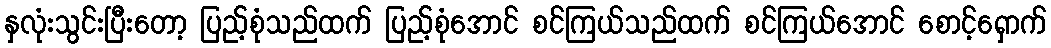
နှလုံးသွင်းပြီးတော့ ပြည့်စုံသည်ထက် ပြည့်စုံအောင် စင်ကြယ်သည်ထက် စင်ကြယ်အောင် စောင့်ရှောက်